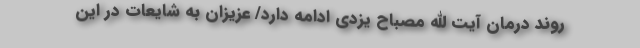
روند درمان آیت الله مصباح یزدی ادامه دارد/ عزیزان به شایعات در این